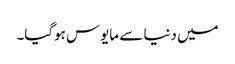
میں دنیا سے مایوس ہوگیا۔